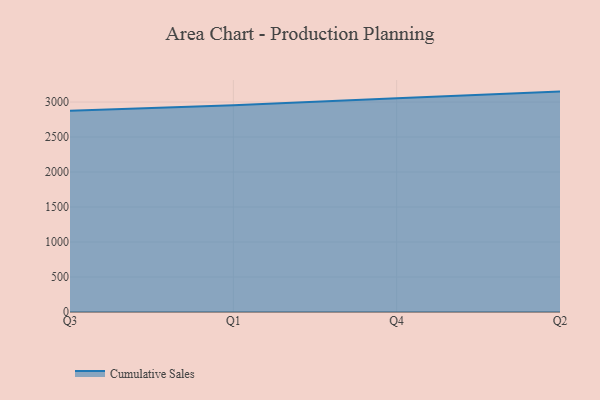
{"axis": {"x": "Quarter", "y": "LTV (USD)"}, "legend": ["Cumulative Sales"], "data": [{"x": "Q3", "y": 2876.1, "type": "Cumulative Sales"}, {"x": "Q1", "y": 2954.9, "type": "Cumulative Sales"}, {"x": "Q4", "y": 3053.0, "type": "Cumulative Sales"}, {"x": "Q2", "y": 3149.2, "type": "Cumulative Sales"}]}